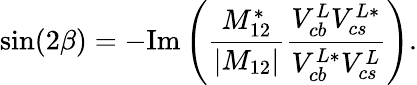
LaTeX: \sin(2\beta)=-\mathrm{Im}\left({\frac{M_{12}^{*}}{|M_{12}|}}{\frac{V_{cb}^{L}V_{cs}^{L*}}{V_{cb}^{L*}V_{cs}^{L}}}\right).